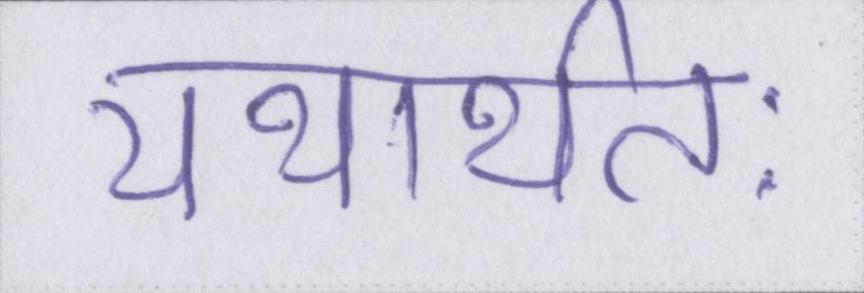
यथार्थतः